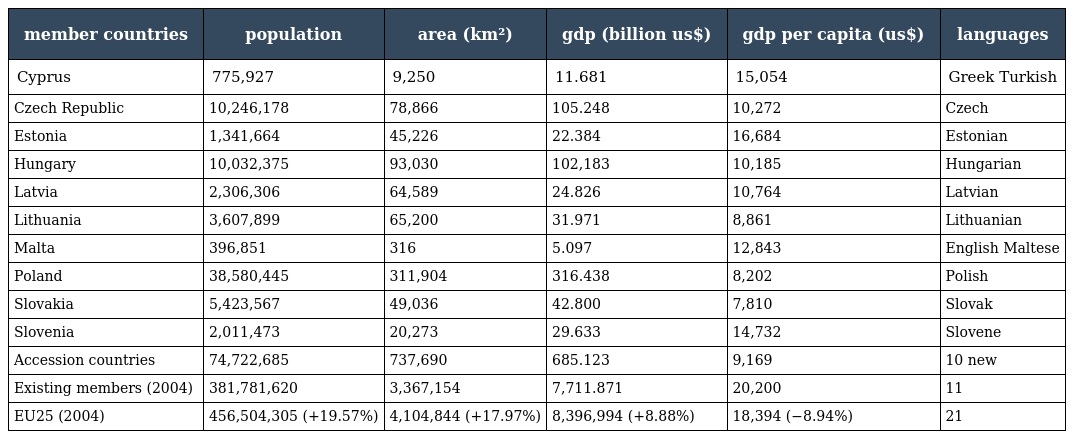
| member countries | population | area (km²) | gdp (billion us$) | gdp per capita (us$) | languages |
 | --- | --- | --- | --- | --- | --- |
 | Cyprus | 775,927 | 9,250 | 11.681 | 15,054 | Greek Turkish |
 | Czech Republic | 10,246,178 | 78,866 | 105.248 | 10,272 | Czech |
 | Estonia | 1,341,664 | 45,226 | 22.384 | 16,684 | Estonian |
 | Hungary | 10,032,375 | 93,030 | 102,183 | 10,185 | Hungarian |
 | Latvia | 2,306,306 | 64,589 | 24.826 | 10,764 | Latvian |
 | Lithuania | 3,607,899 | 65,200 | 31.971 | 8,861 | Lithuanian |
 | Malta | 396,851 | 316 | 5.097 | 12,843 | English Maltese |
 | Poland | 38,580,445 | 311,904 | 316.438 | 8,202 | Polish |
 | Slovakia | 5,423,567 | 49,036 | 42.800 | 7,810 | Slovak |
 | Slovenia | 2,011,473 | 20,273 | 29.633 | 14,732 | Slovene |
 | Accession countries | 74,722,685 | 737,690 | 685.123 | 9,169 | 10 new |
 | Existing members (2004) | 381,781,620 | 3,367,154 | 7,711.871 | 20,200 | 11 |
 | EU25 (2004) | 456,504,305 (+19.57%) | 4,104,844 (+17.97%) | 8,396,994 (+8.88%) | 18,394 (−8.94%) | 21 |